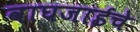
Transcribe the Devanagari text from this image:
वाघजाईचे